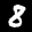
Digit: 8